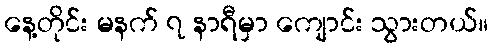
နေ့တိုင်း မနက် ၇ နာရီမှာ ကျောင်း သွားတယ်။